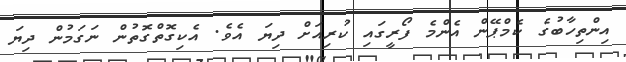
އިންތިހާބުގެ ކެމްޕޭން އެންމެ ފޯރީގައި ކުރިއަށް ދިޔަ އެވެ. އެކިގޮތްގޮތުން ނަގަމުން ދިޔަ